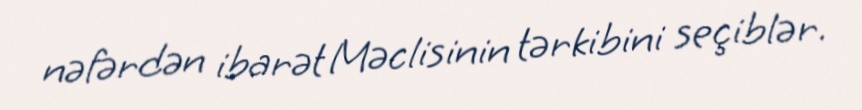
nəfərdən ibarət Məclisinin tərkibini seçiblər.